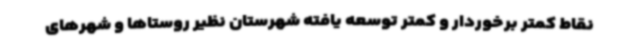
نقاط کمتر برخوردار و کمتر توسعه یافته شهرستان نظیر روستاها و شهرهای